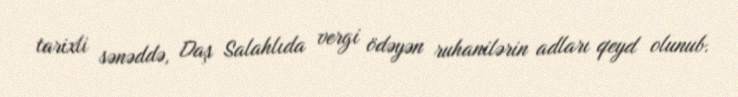
tarixli sənəddə, Daş Salahlıda vergi ödəyən ruhanilərin adları qeyd olunub.